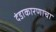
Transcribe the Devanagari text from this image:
दंडाकारणाचा